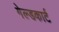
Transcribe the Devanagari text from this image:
गेल्डकार्ट